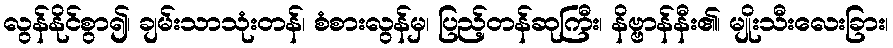
လွန်နိုင်စွာ၍၊ ချမ်းသာသုံးတန်၊ စံစားလွန်မှ၊ ပြည့်တန်ဆုကြီး၊ နိဗ္ဗာန်နီး၏၊ မျိုးသီးလေးခြား၊